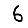
Digit: 6